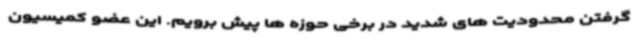
گرفتن محدودیت های شدید در برخی حوزه ها پیش برویم. این عضو کمیسیون